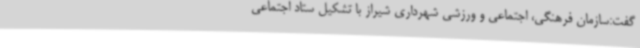
گفت:سازمان فرهنگی، اجتماعی و ورزشی شهرداری شیراز با تشکیل ستاد اجتماعی